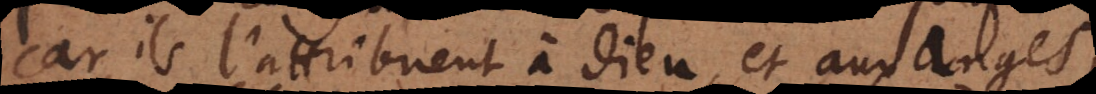
car ils l’attribuent à Dieu, et aux anges,